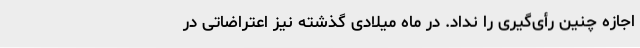
اجازه چنین رأی‌گیری را نداد. در ماه میلادی گذشته نیز اعتراضاتی در